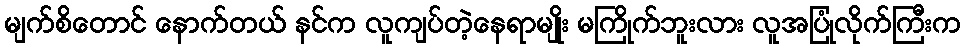
မျက်စိတောင် နောက်တယ် နင်က လူကျပ်တဲ့နေရာမျိုး မကြိုက်ဘူးလား လူအပြုံလိုက်ကြီးက